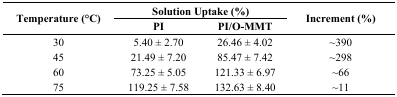
<table><thead><tr><td rowspan="2"><b>Temperature (°C)</b></td><td colspan="2"><b>Solution Uptake (%)</b></td><td rowspan="2"><b>Increment (%)</b></td></tr><tr><td><b>PI</b></td><td><b>PI/O-MMT</b></td></tr></thead><tbody><tr><td>30</td><td>5.40 ± 2.70</td><td>26.46 ± 4.02</td><td>~390</td></tr><tr><td>45</td><td>21.49 ± 7.20</td><td>85.47 ± 7.42</td><td>~298</td></tr><tr><td>60</td><td>73.25 ± 5.05</td><td>121.33 ± 6.97</td><td>~66</td></tr><tr><td>75</td><td>119.25 ± 7.58</td><td>132.63 ± 8.40</td><td>~11</td></tr></tbody></table>